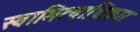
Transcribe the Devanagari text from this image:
स्वामित्वाधिकार